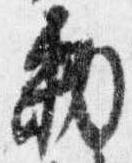
勅